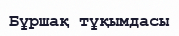
Бұршақ тұқымдасы